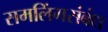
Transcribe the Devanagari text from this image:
समलिंगसंबंध